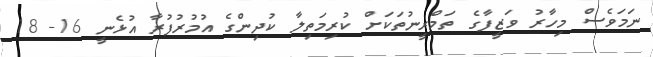
ނަމަވެސް މިހާރު ވަޒީފާގެ ތަމްރީނުތަކަށް ކުރިމަތިލާ ކުދިންގެ އުމުރުފުރާ އުޅެނީ 16- 18